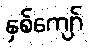
နှစ်ကျော်